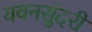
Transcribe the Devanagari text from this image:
यवनसुंदरी